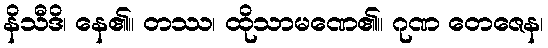
နိသီဒိ၊ နေ၏။ တဿ၊ ထိုသာမဏေ၏။ ဂုဏ တေဇေန၊